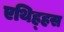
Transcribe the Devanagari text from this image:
एथिह्हस